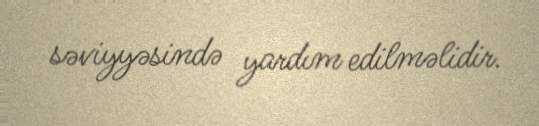
səviyyəsində yardım edilməlidir.